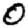
Digit: 0